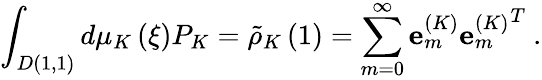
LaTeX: \int_{D(1,1)}{d\mu_{K}\left(\xi\right)P_{K}={\tilde{\rho}}_{K}\left(1\right)=\sum_{m=0}^{\infty}{{\mathbf e}_{m}^{\left(K\right)}{{\mathbf e}_{m}^{\left(K\right)}}^{T}}}\ .